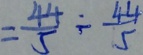
= \frac { 4 4 } { 5 } \div \frac { 4 4 } { 5 }